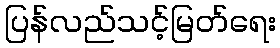
ပြန်လည်သင့်မြတ်ရေး